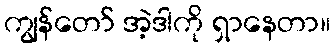
ကျွန်တော် အဲ့ဒါကို ရှာနေတာ။